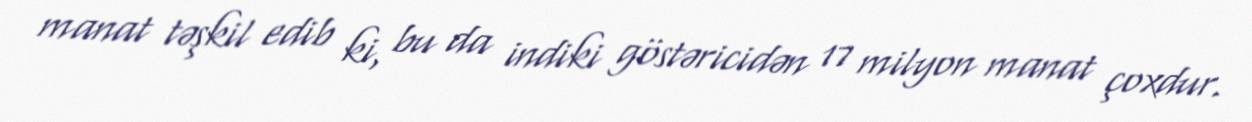
manat təşkil edib ki, bu da indiki göstəricidən 17 milyon manat çoxdur.